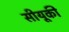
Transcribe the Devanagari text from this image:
सीयूकी